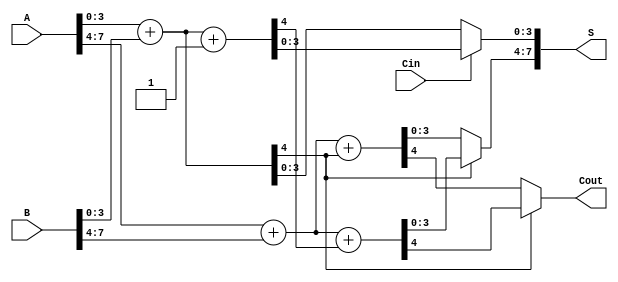
module CarrySelectAdder (
    input [7:0] A,        // 8-bit input A
    input [7:0] B,        // 8-bit input B
    input Cin,            // Carry-in
    output [7:0] S,       // 8-bit sum output
    output Cout           // Carry-out
);

    wire [3:0] A0 = A[3:0];  // Lower 4 bits of A
    wire [3:0] A1 = A[7:4];  // Upper 4 bits of A
    wire [3:0] B0 = B[3:0];  // Lower 4 bits of B
    wire [3:0] B1 = B[7:4];  // Upper 4 bits of B

    // Intermediate sums and carries for the lower block
    wire [3:0] S0, S0_prime;
    wire C0, C0_prime;

    // Compute S0 (A0 + B0) with Cin = 0
    assign {C0, S0} = A0 + B0; // Carry and sum for Cin = 0
    // Compute S0' (A0 + B0 + 1) with Cin = 1
    assign {C0_prime, S0_prime} = A0 + B0 + 1; // Carry and sum for Cin = 1

    // Intermediate sums and carries for the upper block
    wire [3:0] S1, S1_prime;
    wire C1, C1_prime;

    // Compute S1 (A1 + B1 + C0) with Cin = 0
    assign {C1, S1} = A1 + B1 + C0; // Carry and sum for Cin = 0
    // Compute S1' (A1 + B1 + C0') with Cin = 1
    assign {C1_prime, S1_prime} = A1 + B1 + C0_prime; // Carry and sum for Cin = 1

    // Select the appropriate sums and carry outputs
    assign S[3:0] = (Cin == 0) ? S0 : S0_prime; // Select lower 4 bits of sum
    assign S[7:4] = (C0 == 0) ? S1 : S1_prime; // Select upper 4 bits of sum
    assign Cout = (C0 == 0) ? C1 : C1_prime; // Final carry-out

endmodule